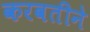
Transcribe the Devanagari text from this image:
करवतीने